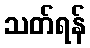
သတ်ရန်